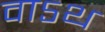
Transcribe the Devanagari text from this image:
वाऽथ